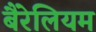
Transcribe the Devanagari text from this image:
बैरेलियम